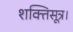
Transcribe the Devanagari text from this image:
शक्तिसूत्र।